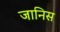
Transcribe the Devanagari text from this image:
जानिस